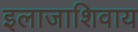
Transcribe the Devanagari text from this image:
इलाजाशिवाय